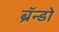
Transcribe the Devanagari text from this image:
ब्रॅन्डो